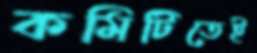
কমিটিতেই